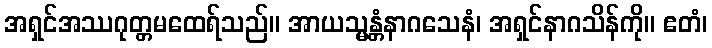
အရှင်အဿဂုတ္တမထေရ်သည်။ အာယသ္မန္တံနာဂသေနံ၊ အရှင်နာဂသိန်ကို။ ဧတံ၊